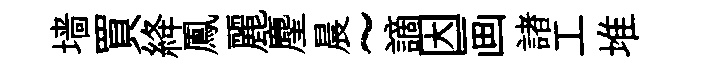
墙買絳鳳麗麈晨~謫因画諸工堆